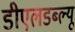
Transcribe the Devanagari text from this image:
डीएलडब्ल्यू